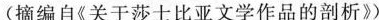
（摘编自《关于莎士比亚文学作品的剖析$)